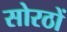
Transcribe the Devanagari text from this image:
सोरठों